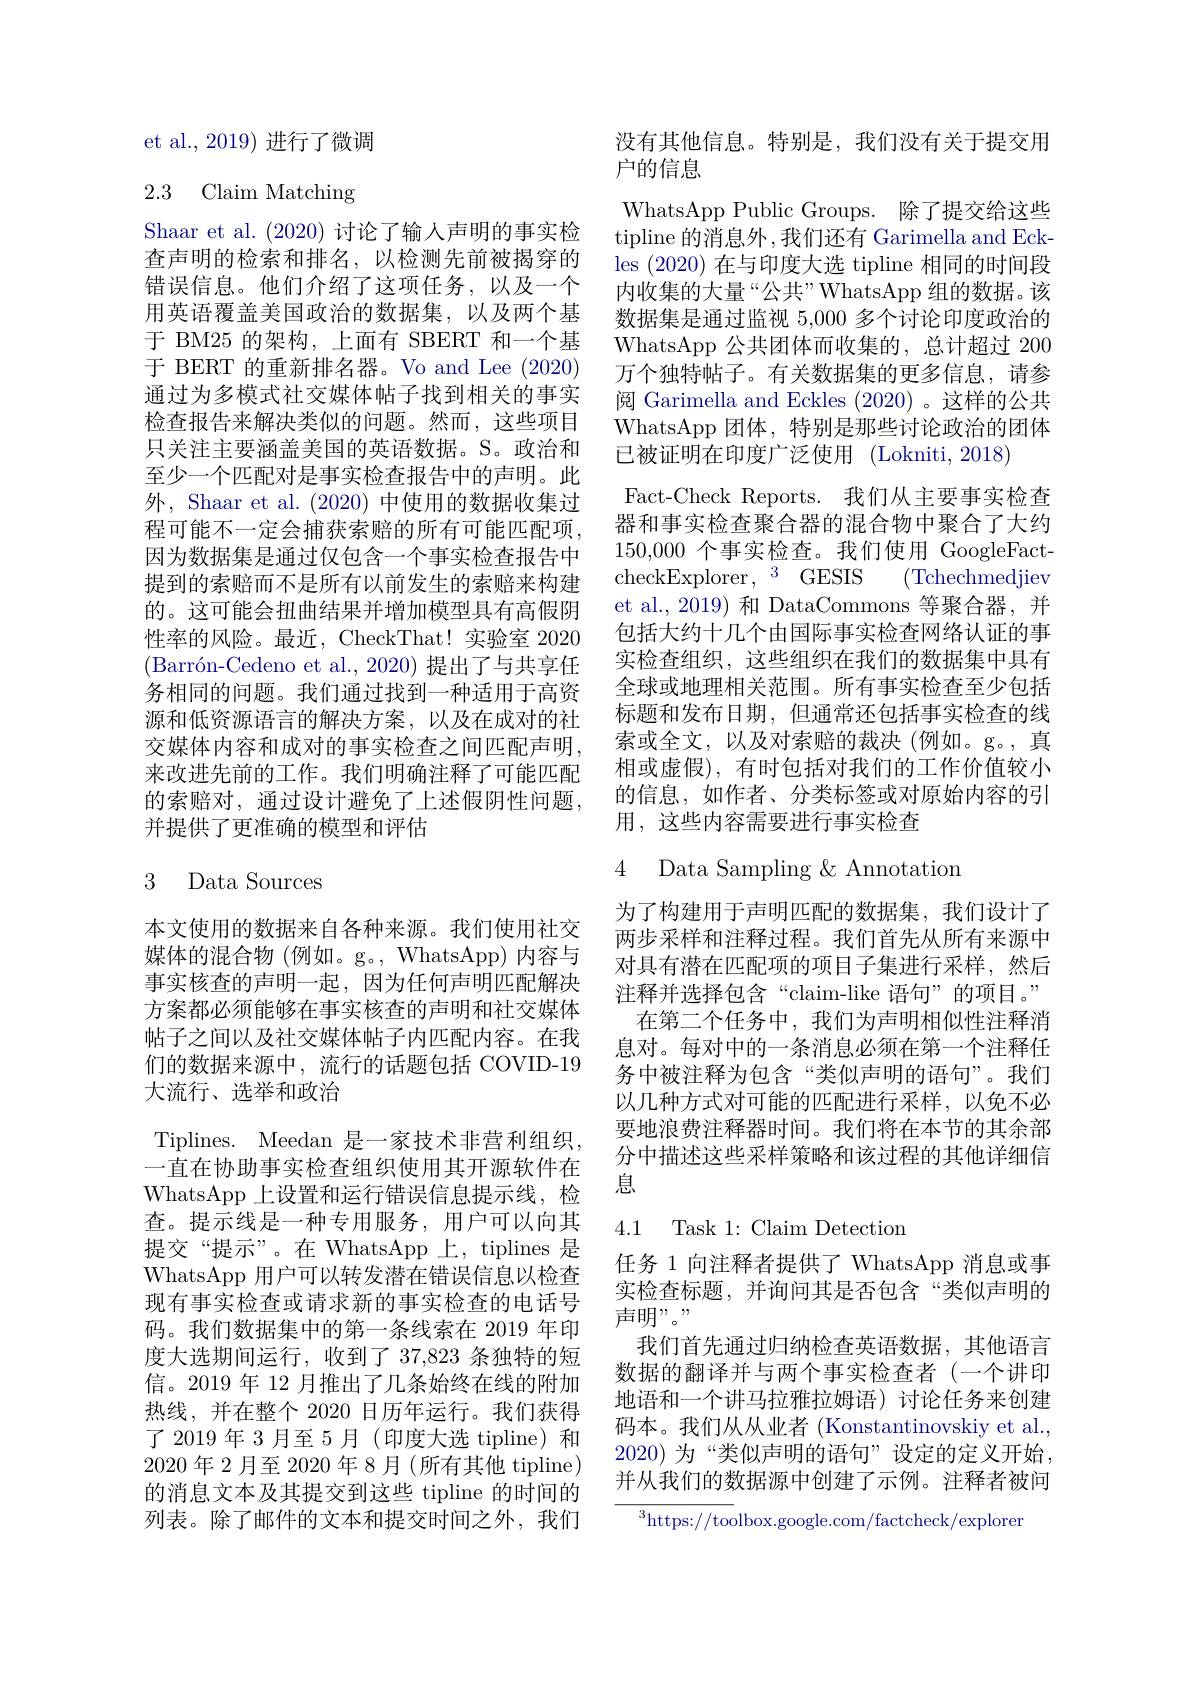
et al., 2019) 进行了微调

# 2.3 Claim Matching

Shaar et al. (2020)讨论了输入声明的事实检查声明的检索和排名，以检测先前被揭穿的错误信息。他们介绍了这项任务，以及一个用英语覆盖美国政治的数据集，以及两个基于 BM25 的架构，上面有 SBERT 和一个基于 BERT 的重新排名器。Vo and Lee (2020) 通过为多模式社交媒体帖子找到相关的事实检查报告来解决类似的问题。然而，这些项目只关注主要涵盖美国的英语数据。S。政治和至少一个匹配对是事实检查报告中的声明。此外，Shaar et al. (2020)中使用的数据收集过程可能不一定会捕获索赔的所有可能匹配项， 因为数据集是通过仅包含一个事实检查报告中提到的索赔而不是所有以前发生的索赔来构建的。这可能会扭曲结果并增加模型具有高假阴性率的风险。最近，CheckThat! 实验室 2020 $( \text{Barr\' {o}n- Cedenoetal. , 2020) 提 出 了 与 共 享 任 }$ 务相同的问题。我们通过找到一种适用于高资源和低资源语言的解决方案，以及在成对的社交媒体内容和成对的事实检查之间匹配声明， 来改进先前的工作。我们明确注释了可能匹配的索赔对，通过设计避免了上述假阴性问题， 并提供了更准确的模型和评估

### 3 Data Sources

本文使用的数据来自各种来源。我们使用社交媒体的混合物 (例如。g。, WhatsApp) 内容与事实核查的声明一起，因为任何声明匹配解决方案都必须能够在事实核查的声明和社交媒体帖子之间以及社交媒体帖子内匹配内容。在我们的数据来源中，流行的话题包括 COVID-19大流行、选举和政治
Tiplines. Meedan 是一家技术非营利组织， 一直在协助事实检查组织使用其开源软件在WhatsApp 上设置和运行错误信息提示线，检查。提示线是一种专用服务，用户可以向其提交“提示”。在 WhatsApp 上，tiplines 是WhatsApp 用户可以转发潜在错误信息以检查现有事实检查或请求新的事实检查的电话号码。我们数据集中的第一条线索在 2019 年印度大选期间运行，收到了 37,823 条独特的短信。2019 年 12 月推出了几条始终在线的附加热线，并在整个 2020 日历年运行。我们获得了 2019 年 3 月至 5 月 (印度大选 tipline) 和2020 年 2 月至 2020 年 8 月 (所有其他 tipline) 的消息文本及其提交到这些 tipline 的时间的列表。除了邮件的文本和提交时间之外，我们

没有其他信息。特别是，我们没有关于提交用
户的信息

WhatsApp Public Groups. 除了提交给这些tipline 的消息外 ,我们还有 Garimella and Eckles (2020)在与印度大选 tipline 相同的时间段内收集的大量“公共”WhatsApp 组的数据。该数据集是通过监视 5,000 多个讨论印度政治的WhatsApp 公共团体而收集的，总计超过 200万个独特帖子。有关数据集的更多信息，请参阅 Garimella and Eckles (2020) 。这样的公共WhatsApp 团体，特别是那些讨论政治的团体已被证明在印度广泛使用(Lokniti,2018)
Fact-Check Reports. 我们从主要事实检查器和事实检查聚合器的混合物中聚合了大约150,000个事实检查。我们使用 GoogleFactcheckExplorer,$^3$ GESIS (Tchechmedjiev et al.,2019) 和 DataCommons 等聚合器，并包括大约十几个由国际事实检查网络认证的事实检查组织，这些组织在我们的数据集中具有全球或地理相关范围。所有事实检查至少包括标题和发布日期，但通常还包括事实检查的线索或全文，以及对索赔的裁决(例如。g。,真相或虚假),有时包括对我们的工作价值较小的信息，如作者、分类标签或对原始内容的引用，这些内容需要进行事实检查
4 Data Sampling & Annotation
为了构建用于声明匹配的数据集，我们设计了两步采样和注释过程。我们首先从所有来源中对具有潜在匹配项的项目子集进行采样，然后注释并选择包含“claim-like 语句”的项目。” 在第二个任务中，我们为声明相似性注释消息对。每对中的一条消息必须在第一个注释任务中被注释为包含“类似声明的语句”。我们以几种方式对可能的匹配进行采样，以免不必要地浪费注释器时间。我们将在本节的其余部分中描述这些采样策略和该过程的其他详细信息

## 4.1 Task 1: Claim Detection

任务 1 向注释者提供了 WhatsApp 消息或事实检查标题，并询问其是否包含“类似声明的声明”。,
我们首先通过归纳检查英语数据，其他语言数据的翻译并与两个事实检查者(一个讲印地语和一个讲马拉雅拉姆语)讨论任务来创建码本。我们从从业者 (Konstantinovskiy et al., 2020)为“类似声明的语句”设定的定义开始， 并从我们的数据源中创建了示例。注释者被问

$^{3}$https://toolbox.google.com/factcheck/exploren